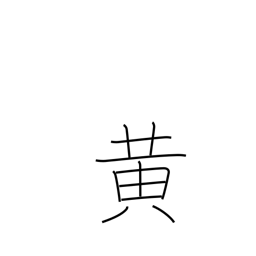
Meaning: yellow